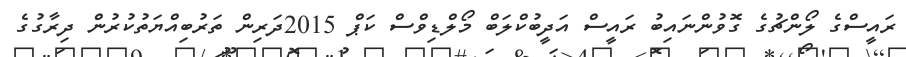
ރައީސްގެ ލޯންޗުގެ ގޮވުންނައިބު ރައީސް އަދީބުކްލަބް މޯލްޑިވްސް ކަޕް 2015ދަރިން ތަރުބިއްޔަތުކުރުން ދިރާގުގެ